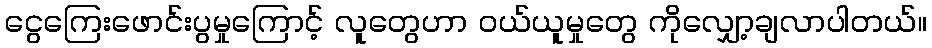
ငွေကြေးဖောင်းပွမှုကြောင့် လူတွေဟာ ဝယ်ယူမှုတွေ ကိုလျှော့ချလာပါတယ်။